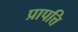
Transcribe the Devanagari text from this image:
प्रापत्ति